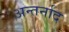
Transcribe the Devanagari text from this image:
अन्तर्नाद